Medical and sanitary report of the native army of Bengal for the year
Year: 1877
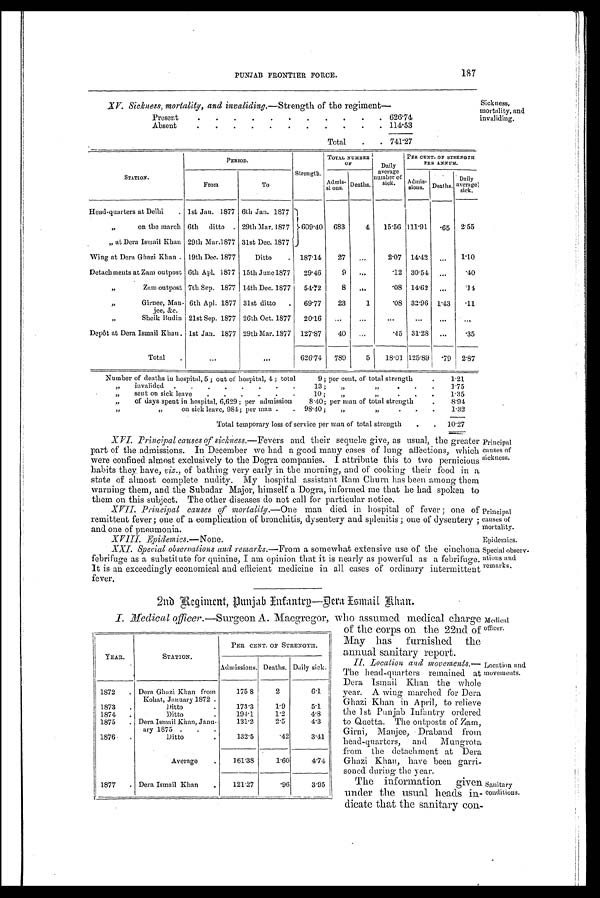
Principal
causes of
sickness.
Principal
causes of
mortality.
PUNJAB FRONTIER FORCE.
187
Sickness,
mortality, and
invaliding.
XV. Sickness, mortality, and invaliding.—Strength of the regiment
—
Present
.
. .
.
.
.
.
.
.
.
. 626.74
Absent
.
.
.
.
.
.
.
.
.
.
.
114.53
Total
.
. 741.27
STATION.
PERIOD.
Strength.
TOTAL NUMBER
OF
Daily
average
number of
sick.
PER CENT. OF STRENGTH
PER ANNUM.
From
To
Admis-
sions. Deaths.
Admis-
sions. Deaths.
Daily
average sick.
Head-quarters at Delhi
. 1st Jan. 1877 6th Jan. 1877
"
on the march 6th
ditto . 29th Mar. 1877
609.40
683
4
15.56 11.91 .65
2.55
"
at Dora Ismail Khan 29th Mar. 1877 31st Dec. 1877
Wing at Dera Ghazi Khan . 19th Dec. 1877
Ditto
.
187.14
27
...
2.07 14.42
...
1.10
Detachments at Zam outpost 6th Apl. 1877 15th June 1877
29.46
9
...
.12 30.54
...
.40
"
Zam outpost 7th Sep. 1877 14th Dec. 1877
54.72
8
. . .
.08 14.62 ...
14
,,
Girnee, Man-
jee, &c.
6th Apl. 1877 31st ditto
.
69.77
23
1
.08 32.96 1.43
.11
"
Sheik Budin 21st Sep. 1877 26th Oct. 1877
20.16
...
...
. . .
...
...
. . .
Depôt at Dera Ismail Khan . 1st Jan. 1877 29th Mar. 1877 127.87
40
...
.45 31.28
...
.35
Total
...
...
626.74
789
5
18.01 125.89
.79
2.87
Number of deaths in hospital, 5 ; out of hospital, 4 ; total
9 ; per cent, of total strength
.
1.21
„
invalided .
.
.
.
.
.
.
.
13 ;
,,
"
.
. . 1.75
„
sent on sick leave
.
.
.
.
.
.
10 ;
,,
"
.
. . 1.35
„
of days spent in hospital, 6,629; per admission
8.40; per man of total strength
.
8.94
"
"
on sick leave, 984; per man .
. 98.40;
„
"
.
.
.
1.32
Total temporary loss of service per man of total strength
.
.
10.27
Principal causes of sickness .—Fevers and their sequelæ give, as usual, the greater
part of the admissions. In December we had a good many cases of lung affections, which
were confined almost exclusively to the Dogra companies. I attribute this to two pernicious
habits they have, viz., of bathing very early in the morning, and of cooking their food in a
state of almost complete nudity. My hospital assistant Ram Churn has been among them
warning them, and the Subadar Major, himself a Dogra, informed me that he had spoken to
them on this subject. The other diseases do not call for particular notice.
Principal causes of mortality.— One man died in hospital of fever ; one of
remittent fever ; one of a complication of bronchitis, dysentery and splenitis; one of dysentery ;
and one of pneumonia.
Epidemics.— None.
XXI. Special observations and remarks .—From a somewhat extensive use of the cinchona
febrifuge as a substitute for quinine, I am opinion that it is nearly as powerful as a febrifuge.
It is au exceedingly economical and efficient medicine in all cases of ordinary intermittent
fever.
2nd Regiment, Punjab Infantry—Dera Ismail Khan.
YEAR.
STATION.
PER CENT. OF STRENGTH.
A d m i s s i o n s .
Deaths.
Daily sick.
1872
Dera Ghazi Khan from
1 7 5 8
2
6.1
Kohat, January 1872 .
1873
Ditto
1 7 3 . 3
1.9
5.1
1874
D i t t o
1 9 4 . 1
1.2
4.8
1875
Dera Ismail Khan, Janu- a r y 1 8 7 5
1876
D i t t o
1 3 2 . 5
.42
3.41
A v e r a g e
1 6 1 . 3 81.60
4.74
1877
Dera Ismail Khan
1 2 1 . 2 7
.96
3.95
I. Medical officer.—Surgeon A. Macgregor, who assumed medical charge
of the corps on the 22nd of
May has furnished the
annual sanitary report.
II. Location and movements.—
The head-quarters remained at
Dera Ismail Khan the whole
year. A wing marched for Dera
Ghazi Khan in April, to relieve
the 1st Punjab Infantry ordered
to Quetta. The outposts of Zam,
Girni, Manjee, Draband from
head-quarters, and Mungrota
from the detachment at Dera
Ghazi Khan, have been garri-
soned during the year.
The information given
under the usual heads in-
dicate that the sanitary con-
Epidemics.
Special observ-
ations and
remarks.
Medical
officer.
Location and
movements.
Sanitary
conditions.